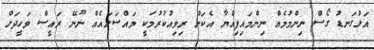
އަޅުގަނޑު ގޯސް ނިންމުމެއް ނިންމައިފިއްޔާ އެކަން ރިވިއުކުރުމަކީ މައްސަލައެއް ނޫނޭ ރައީސް ވަހީދަށް